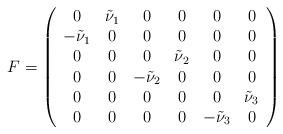
LaTeX: \begin{align*}F=\left(\begin{array}{cccccc}0&\tilde{\nu}_1&0&0&0&0\\-\tilde{\nu}_1&0&0&0&0&0\\0&0&0&\tilde{\nu}_2&0&0\\0&0&-\tilde{\nu}_2&0&0&0\\0&0&0&0&0&\tilde{\nu}_3\\0&0&0&0&-\tilde{\nu}_3&0\end{array}\right)\end{align*}